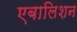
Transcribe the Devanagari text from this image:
एबालिशन